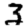
Digit: 3